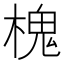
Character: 槐